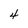
Character: 4